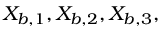
X _ { b , 1 } , X _ { b , 2 } , X _ { b , 3 } ,